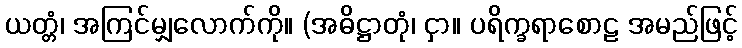
ယတ္တံ၊ အကြင်မျှလောက်ကို။ (အဓိဋ္ဌာတုံ၊ ငှာ။ ပရိက္ခရာစောဠ အမည်ဖြင့်